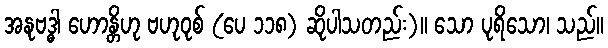
အနုဗဒ္ဓါ ဟောန္တိဟု ဗဟုဝုစ် (ပေ ၁၁၈) ဆိုပါသတည်း)။ သော ပုရိသော၊ သည်။